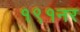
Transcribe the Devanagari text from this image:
१९१नर